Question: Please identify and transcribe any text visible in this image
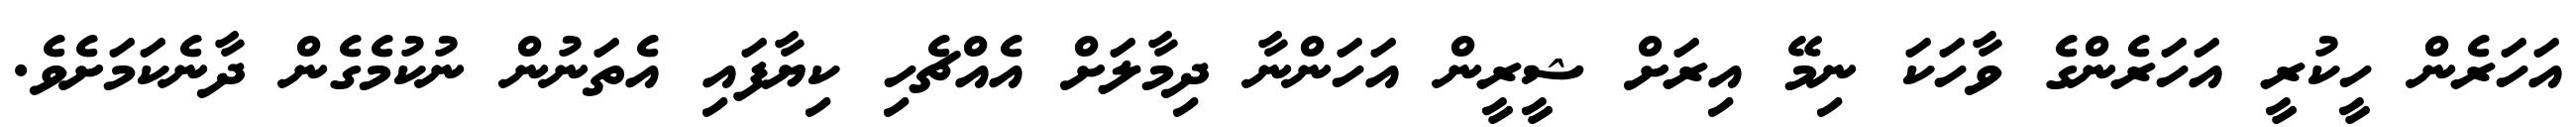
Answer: އަހަރެން ހީކުރީ އަހަރެންގެ ވާހަކަ ނިމޭ އިރަށް ޝީރީން އަހަންނާ ދިމާލަށް އެއްޗެހި ކިޔާފައި އެތަނުން ނުކުމެގެން ދާނެކަމަށެވެ.